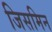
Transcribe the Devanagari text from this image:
जिसमिन